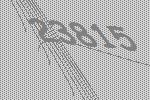
23815